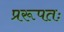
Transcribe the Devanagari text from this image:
प्ररूपतः